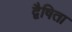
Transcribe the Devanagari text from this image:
द्वैषिता